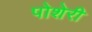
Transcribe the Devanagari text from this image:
पोशेरी